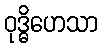
ဝုဒ္ဓိဟေသာ